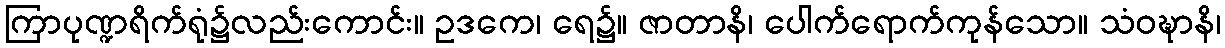
ကြာပုဏ္ဍရိက်ရုံ၌လည်းကောင်း။ ဥဒကေ၊ ရေ၌။ ဇာတာနိ၊ ပေါက်ရောက်ကုန်သော။ သံဝဍ္ဎာနိ၊